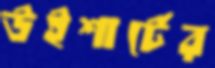
উইশার্টের